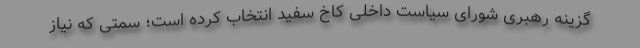
گزینه رهبری شورای سیاست داخلی کاخ سفید انتخاب کرده است؛ سمتی که نیاز